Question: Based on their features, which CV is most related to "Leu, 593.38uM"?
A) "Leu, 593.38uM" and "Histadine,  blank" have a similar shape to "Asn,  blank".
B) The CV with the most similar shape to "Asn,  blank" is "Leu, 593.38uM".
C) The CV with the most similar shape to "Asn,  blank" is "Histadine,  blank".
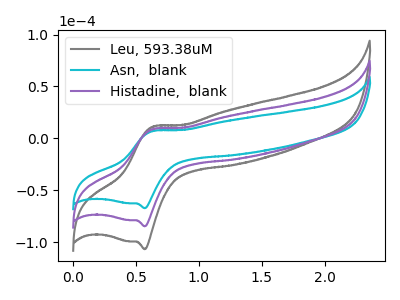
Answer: <think>The gray curve "Leu, 593.38uM" has an anodic peak at (0.65V, 17.75uA) and a cathodic peak at (0.55V, -169.55uA). The cyan curve "Asn,  blank" has an anodic peak at (0.65V, 7.05uA) and a cathodic peak at (0.55V, -67.30uA). The purple curve "Histadine,  blank" has an anodic peak at (0.65V, 8.90uA) and a cathodic peak at (0.55V, -84.80uA).
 All the peaks in "Leu, 593.38uM" have a peak in "Asn,  blank" at the same potential. Every peak in "Leu, 593.38uM" is higher than every peak in "Asn,  blank". All the peaks in "Leu, 593.38uM" have a peak in "Histadine,  blank" at the same potential. Every peak in "Leu, 593.38uM" is higher than every peak in "Histadine,  blank". All the peaks in "Asn,  blank" have a peak in "Histadine,  blank" at the same potential. Every peak in "Asn,  blank" is lower than every peak in "Histadine,  blank".</think>
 <answer>A) "Leu, 593.38uM" and "Histadine,  blank" have a similar shape to "Asn,  blank".</answer>
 <eval>A</eval>